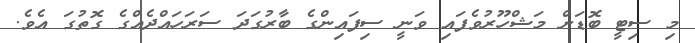
މި ސިޓީ ބޮޑަށް މަޝްހޫރުވެފައި ވަނީ ސިފައިންގެ ބާރުގަދަ ސަރަހައްދެއްގެ ގޮތުގަ އެވެ.